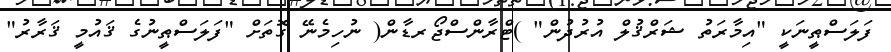
ފަލަސްޠީނަކީ "އިމާރަތު ޝަރްޤުލް އުރުދުން" )ޓްރާންސްޖޯރޑާން( ނުހިމެނޭ ގޮތަށް "ފަލަސްޠީނުގެ ޤައުމީ ޤަރާރު"